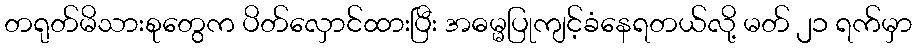
တရုတ်မိသားစုတွေက ပိတ်လှောင်ထားပြီး အဓမ္မပြုကျင့်ခံနေရတယ်လို့ မတ် ၂၁ ရက်မှာ